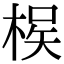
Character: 𭪵